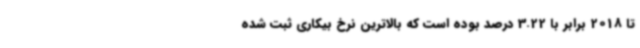
تا 2018 برابر با 3.22 درصد بوده است که بالاترین نرخ بیکاری ثبت شده